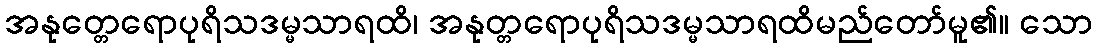
အနုတ္တေရောပုရိသဒမ္မသာရထိ၊ အနုတ္တရောပုရိသဒမ္မသာရထိမည်တော်မူ၏။ သော